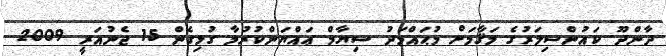
ދާންދޫ ކައުންސިލަރުގެ މަޤާމަށް މުޙައްމަދު ސިޔާމް ޢައްޔަންކުރުމާ ގުޅިގެން 15 ޖެނުއަރީ 2009